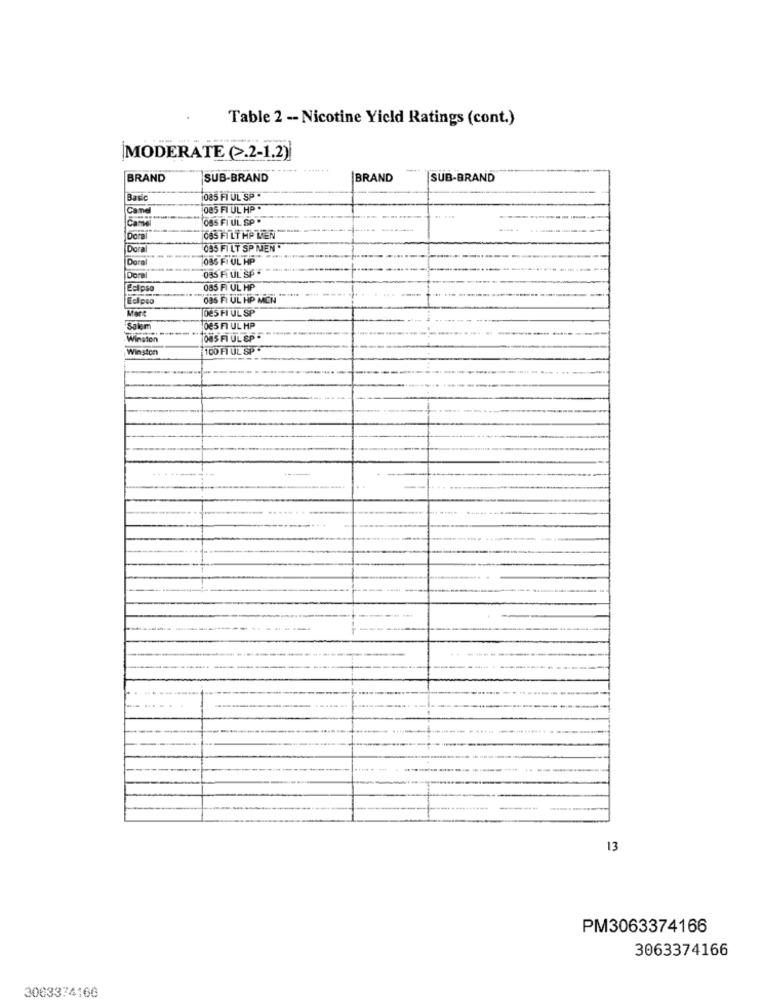
Table 2 -- Nicotine Yield Ratings (cont.)
MODERATE (>.2-1.2)
-
BRAND
SUB-BRAND
BRAND
SUB-BRAND
Basic
085 FI UL SP
Cand
085 FI UL HP ·
085 FI UL SP .
Came
065 FILTHALER
Dora
095 FILT SP MEN "
Doral
085 FI UL HP
055 Fi UL SP *
Dora
085 FI UL HP
Eclipeo
085 FI ÜL HP MICH
Mart
025 FI UL SP
085 FI UL MP
Winston
085 FI UL &P
Winston
100 FI UL SP
13
PM3063374166
3063374166
3003374160